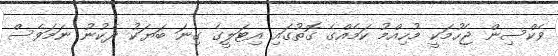
ވެކްސިން ޖެހުމަކީ މުހިއްމު ކަމެއްގެ ގޮތުގައި އިޓަލީގެ ގިނަ ބަޔަކު ދެކުނު ނަމަވެސް